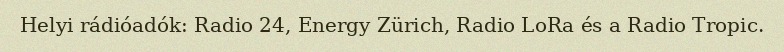
Helyi rádióadók: Radio 24, Energy Zürich, Radio LoRa és a Radio Tropic.